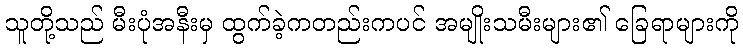
သူတို့သည် မီးပုံအနီးမှ ထွက်ခဲ့ကတည်းကပင် အမျိုးသမီးများ၏ ခြေရာများကို